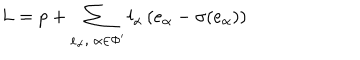
LaTeX: L = p + \sum _ { e _ { \alpha } , \; \alpha \in \Phi ^ { \prime } } l _ { \alpha } \, ( e _ { \alpha } - \sigma ( e _ { \alpha } ) )